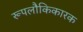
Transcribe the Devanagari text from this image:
रूपलौकिकारक